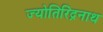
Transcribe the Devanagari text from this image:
ज्योतिरिंद्रनाथ